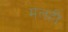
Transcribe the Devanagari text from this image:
मलही